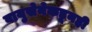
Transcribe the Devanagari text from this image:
वायुसेनेकडूनही